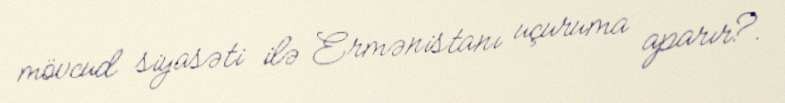
mövcud siyasəti ilə Ermənistanı uçuruma aparır?.